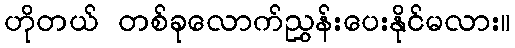
ဟိုတယ် တစ်ခုလောက်ညွှန်းပေးနိုင်မလား။